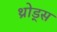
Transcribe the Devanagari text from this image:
थ्रोड्स